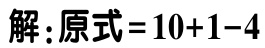
解：原式 = 10+1-4